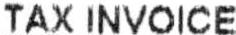
TAX INVOICE